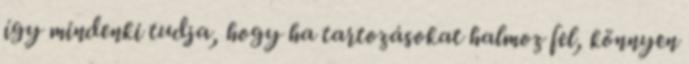
így mindenki tudja, hogy ha tartozásokat halmoz fel, könnyen